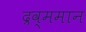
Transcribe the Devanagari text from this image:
द्रव्ममान